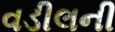
વડીલની